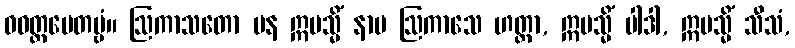
ဝဝတ္ထပေတဗ္ဗံ။ ဩကာသတော ပန ဣမသ္မိံ နာမ ဩကာသေ ဟတ္ထာ, ဣမသ္မိံ ပါဒါ, ဣမသ္မိံ သီသံ,